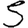
Digit: 5